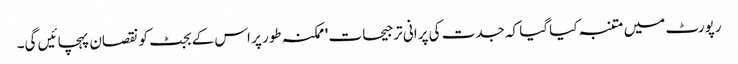
رپورٹ میں متنبہ کیا گیا کہ جدت کی پرانی ترجیحات 'ممکنہ طور پر اس کے بجٹ کو نقصان پہچائیں گی۔